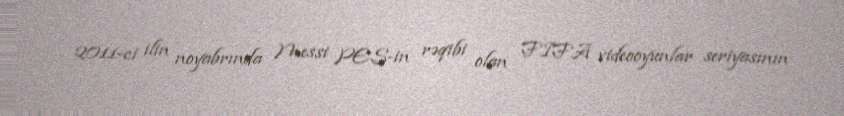
2011-ci ilin noyabrında Messi PES-in rəqibi olan FIFA videooyunlar seriyasının